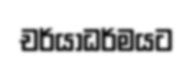
චර්යාධර්මයට